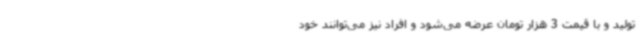
تولید و با قیمت 3 هزار تومان عرضه می‌شود و افراد نیز می‌توانند خود